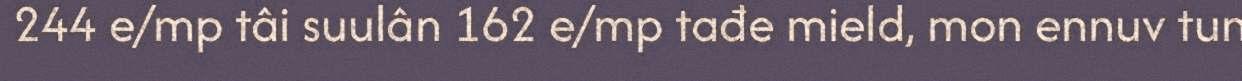
244 e/mp tâi suulân 162 e/mp tađe mield, mon ennuv tun